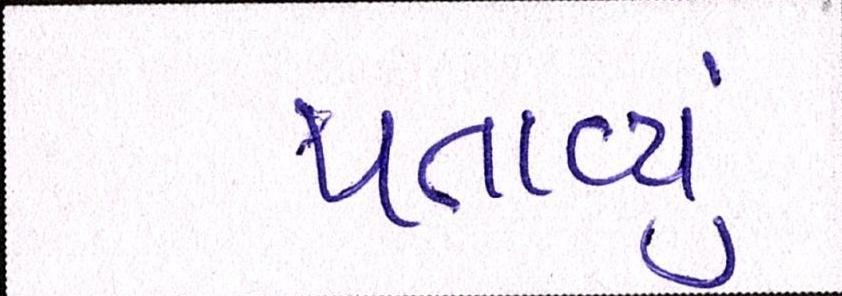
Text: પતાવ્યું